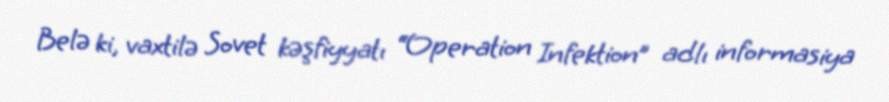
Belə ki, vaxtilə Sovet kəşfiyyatı “Operation Infektion” adlı informasiya